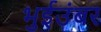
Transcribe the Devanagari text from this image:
भुईउंबर